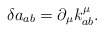
\begin{align*}\delta a_{ab}=\partial _{\mu }k_{ab}^{\mu }. \end{align*}